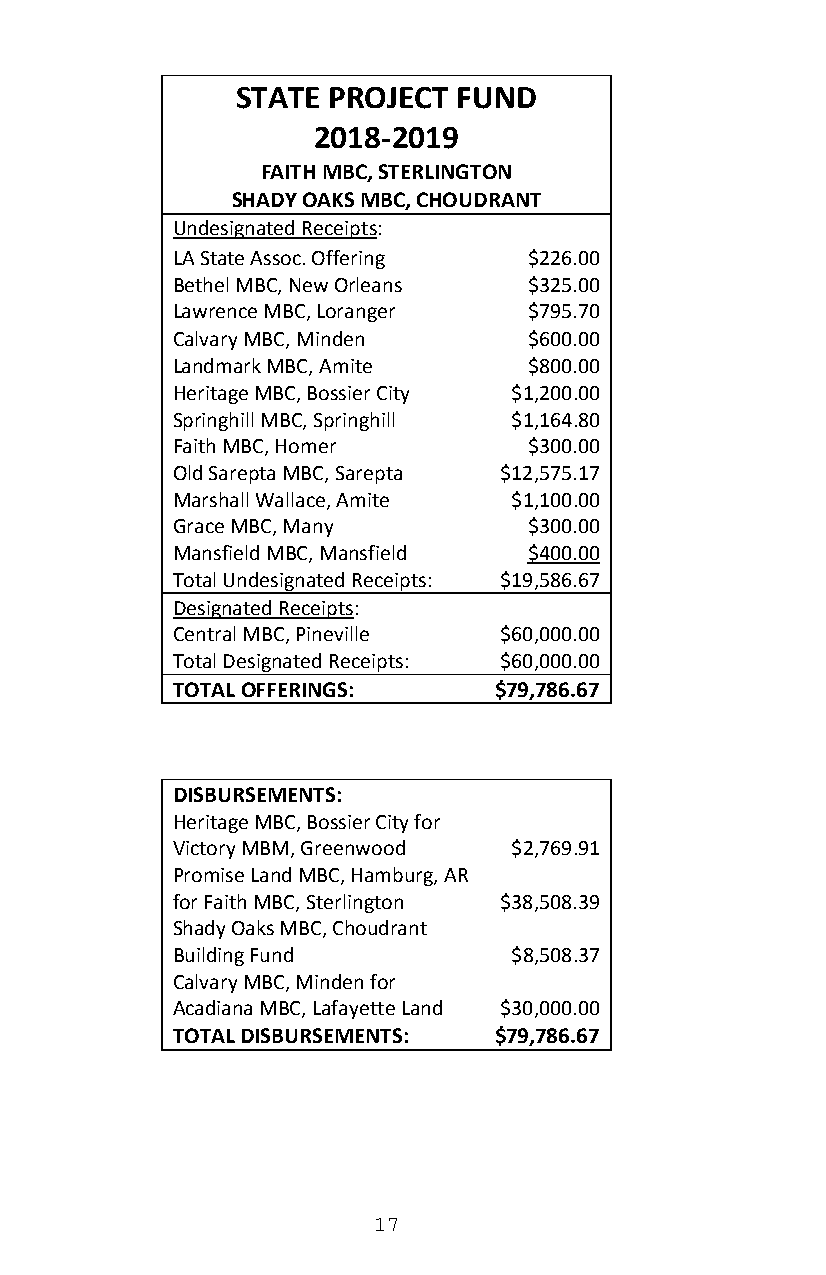
STATE PROJECT FUND
 2018-2019
 FAITH MBC, STERLINGTON
 SHADY OAKS MBC, CHOUDRANT
 Undesignated Receipts:
 LA State Assoc. Offering $226.00
 Bethel MBC, New Orleans $325.00
 Lawrence MBC, Loranger  $795.70
 Calvary MBC, Minden     $600.00
 Landmark MBC, Amite     $800.00
 Heritage MBC, Bossier City $1,200.00
 Springhill MBC, Springhill $1,164.80
 Faith MBC, Homer        $300.00
 Old Sarepta MBC, Sarepta $12,575.17
 Marshall Wallace, Amite $1,100.00
 Grace MBC, Many         $300.00
 Mansfield MBC, Mansfield $400.00
 Total Undesignated Receipts: $19,586.67
 Designated Receipts:
 Central MBC, Pineville $60,000.00
 Total Designated Receipts: $60,000.00
 TOTAL OFFERINGS:      $79,786.67
 DISBURSEMENTS:
 Heritage MBC, Bossier City for
 Victory MBM, Greenwood $2,769.91
 Promise Land MBC, Hamburg, AR
 for Faith MBC, Sterlington $38,508.39
 Shady Oaks MBC, Choudrant
 Building Fund          $8,508.37
 Calvary MBC, Minden for
 Acadiana MBC, Lafayette Land $30,000.00
 TOTAL DISBURSEMENTS:  $79,786.67
 17